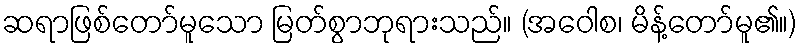
ဆရာဖြစ်တော်မူသော မြတ်စွာဘုရားသည်။ (အဝေါစ၊ မိန့်တော်မူ၏။)